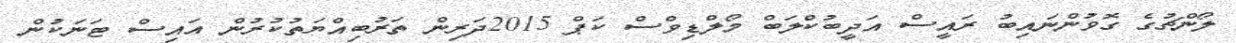
ލޯންޗުގެ ގޮވުންނައިބު ރައީސް އަދީބުކްލަބް މޯލްޑިވްސް ކަޕް 2015ދަރިން ތަރުބިއްޔަތުކުރުން އައިސް ޓަނަކުން